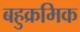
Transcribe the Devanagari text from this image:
बहुक्रमिक